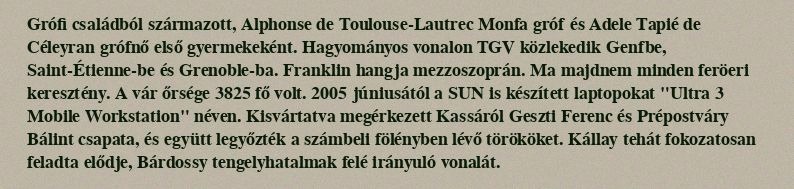
Grófi családból származott, Alphonse de Toulouse-Lautrec Monfa gróf és Adele Tapié de Céleyran grófnő első gyermekeként. Hagyományos vonalon TGV közlekedik Genfbe, Saint-Étienne-be és Grenoble-ba. Franklin hangja mezzoszoprán. Ma majdnem minden feröeri keresztény. A vár őrsége 3825 fő volt. 2005 júniusától a SUN is készített laptopokat "Ultra 3 Mobile Workstation" néven. Kisvártatva megérkezett Kassáról Geszti Ferenc és Prépostváry Bálint csapata, és együtt legyőzték a számbeli fölényben lévő törököket. Kállay tehát fokozatosan feladta elődje, Bárdossy tengelyhatalmak felé irányuló vonalát.